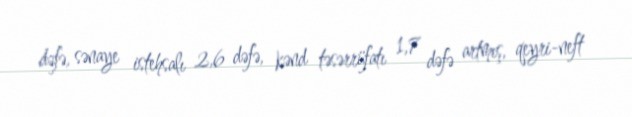
dəfə, sənaye istehsalı 2,6 dəfə, kənd təsərrüfatı 1,7 dəfə artmış, qeyri-neft